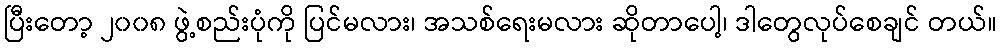
ပြီးတော့ ၂၀၀၈ ဖွဲ့စည်းပုံကို ပြင်မလား၊ အသစ်ရေးမလား ဆိုတာပေါ့၊ ဒါတွေလုပ်စေချင် တယ်။